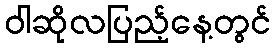
ဝါဆိုလပြည့်နေ့တွင်